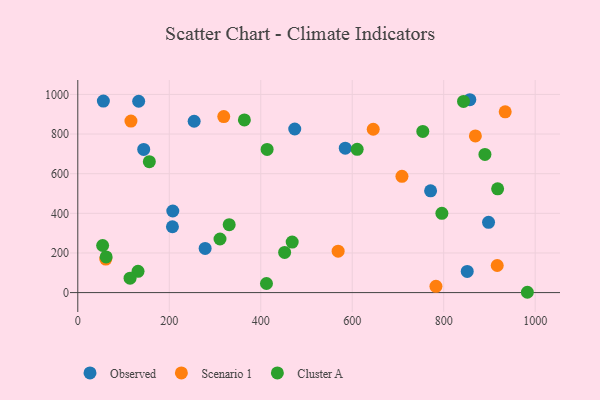
{"axis": {"x": "Speed", "y": "Demand"}, "legend": ["Cluster A", "Observed", "Scenario 1"], "data": [{"x": "206.9", "y": 332.2, "type": "Observed"}, {"x": "857.1", "y": 973.2, "type": "Observed"}, {"x": "144.1", "y": 722.3, "type": "Observed"}, {"x": "771.3", "y": 513.6, "type": "Observed"}, {"x": "55.9", "y": 966.3, "type": "Observed"}, {"x": "207.7", "y": 411.8, "type": "Observed"}, {"x": "898.0", "y": 354.8, "type": "Observed"}, {"x": "133.1", "y": 965.5, "type": "Observed"}, {"x": "278.4", "y": 223.1, "type": "Observed"}, {"x": "254.4", "y": 864.6, "type": "Observed"}, {"x": "584.8", "y": 728.5, "type": "Observed"}, {"x": "851.4", "y": 106.7, "type": "Observed"}, {"x": "474.3", "y": 825.6, "type": "Observed"}, {"x": "783.0", "y": 31.4, "type": "Scenario 1"}, {"x": "645.9", "y": 824.2, "type": "Scenario 1"}, {"x": "569.2", "y": 209.2, "type": "Scenario 1"}, {"x": "708.7", "y": 586.6, "type": "Scenario 1"}, {"x": "116.2", "y": 865.5, "type": "Scenario 1"}, {"x": "869.2", "y": 790.5, "type": "Scenario 1"}, {"x": "319.1", "y": 888.3, "type": "Scenario 1"}, {"x": "61.2", "y": 169.3, "type": "Scenario 1"}, {"x": "917.0", "y": 136.8, "type": "Scenario 1"}, {"x": "934.4", "y": 912.1, "type": "Scenario 1"}, {"x": "413.9", "y": 722.3, "type": "Cluster A"}, {"x": "468.7", "y": 254.8, "type": "Cluster A"}, {"x": "331.0", "y": 342.7, "type": "Cluster A"}, {"x": "62.0", "y": 179.9, "type": "Cluster A"}, {"x": "452.2", "y": 202.8, "type": "Cluster A"}, {"x": "890.1", "y": 697.2, "type": "Cluster A"}, {"x": "982.9", "y": 1.6, "type": "Cluster A"}, {"x": "131.7", "y": 107.2, "type": "Cluster A"}, {"x": "412.5", "y": 45.8, "type": "Cluster A"}, {"x": "54.3", "y": 237.7, "type": "Cluster A"}, {"x": "754.3", "y": 813.3, "type": "Cluster A"}, {"x": "310.9", "y": 270.5, "type": "Cluster A"}, {"x": "610.8", "y": 723.0, "type": "Cluster A"}, {"x": "156.4", "y": 660.5, "type": "Cluster A"}, {"x": "796.0", "y": 400.0, "type": "Cluster A"}, {"x": "917.9", "y": 523.8, "type": "Cluster A"}, {"x": "114.3", "y": 72.9, "type": "Cluster A"}, {"x": "843.3", "y": 964.4, "type": "Cluster A"}, {"x": "364.2", "y": 871.5, "type": "Cluster A"}]}